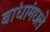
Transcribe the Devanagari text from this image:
बांधांमधले